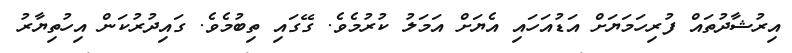
އިރުޝާދުތައް ފުރިހަމަޔަށް އަޑުއަހައި އެޔަށް އަމަލު ކުރުމެވެ. ގޭގައި ތިބުމެވެ. ގައިދުރުކަން އިހުތިޔާރު